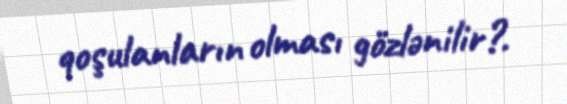
qoşulanların olması gözlənilir?.